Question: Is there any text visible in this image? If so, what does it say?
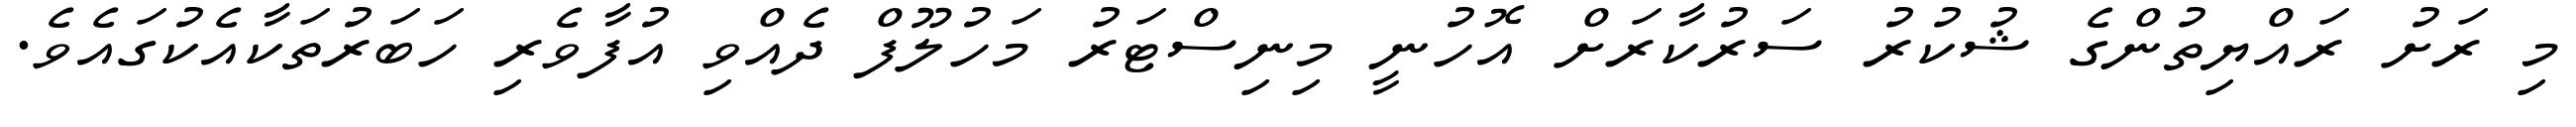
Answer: މި ރަށު ރައްޔިތުންގެ ޝުކުރު ސަރުކާރަށް އޮހުނީ މިނިސްޓަރު މަހުލޫފް ދެއްވި އުފާވެރި ހަބަރުތަކާއެކުގައެވެ.